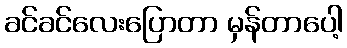
ခင်ခင်လေးပြောတာ မှန်တာပေါ့